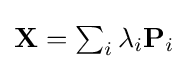
{\textstyle \mathbf {X} =\sum _{i}\lambda _{i}\mathbf {P} _{i}}